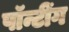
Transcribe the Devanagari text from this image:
पॉन्टींग